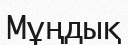
Мұңдық